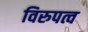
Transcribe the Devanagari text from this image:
विरुपत्व